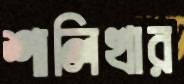
শালিখার